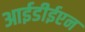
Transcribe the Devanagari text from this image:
आईडीईएन